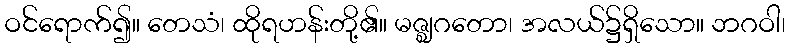
ဝင်ရောက်၍။ တေသံ၊ ထိုရဟန်းတို့၏။ မဇ္ဈဂတော၊ အလယ်၌ရှိသော။ ဘဂဝါ၊